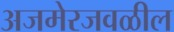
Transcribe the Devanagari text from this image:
अजमेरजवळील